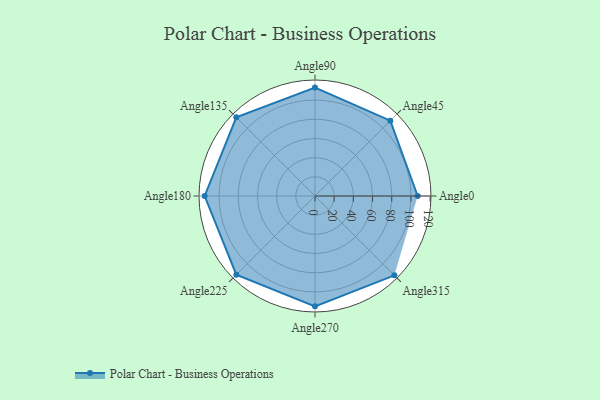
{"axis": {"x": "Angle", "y": "Radius"}, "legend": [""], "data": [{"x": "Angle0", "y": 107.0, "type": ""}, {"x": "Angle45", "y": 111.0, "type": ""}, {"x": "Angle90", "y": 113.0, "type": ""}, {"x": "Angle135", "y": 116.0, "type": ""}, {"x": "Angle180", "y": 115.0, "type": ""}, {"x": "Angle225", "y": 116.0, "type": ""}, {"x": "Angle270", "y": 115.0, "type": ""}, {"x": "Angle315", "y": 117.0, "type": ""}]}